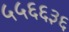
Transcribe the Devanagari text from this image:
५५६६३६